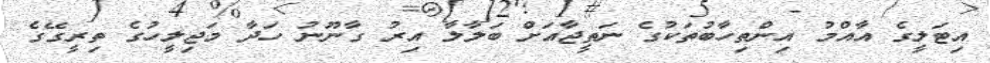
އިޓަލީގެ އާއްމު އިންތިހާބުތަކުގެ ނަތީޖާއަށް ބަލާލާ އިރު ގާނޫނު ހަދާ މަޖިލީހުގެ ތިރީގޭގެ